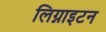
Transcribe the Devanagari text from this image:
लिग्नाइटन